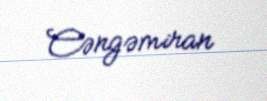
Cəngəmiran